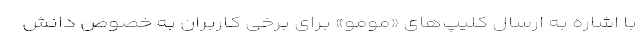
با اشاره به ارسال کلیپ‌های «مومو» برای برخی کاربران به خصوص دانش‌